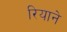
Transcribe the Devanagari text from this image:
रियाने